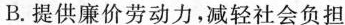
B. 提供廉价劳动力，减轻社会负担